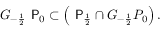
G _ { - \frac { 1 } { 2 } } \mathrm { \sf ~ P } _ { 0 } \subset \left( \mathrm { \sf ~ P } _ { \frac { 1 } { 2 } } \cap G _ { - \frac { 1 } { 2 } } P _ { 0 } \right) .